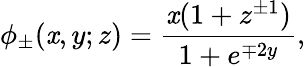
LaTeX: \phi_{\pm}(\mathit{x},y;z)=\frac{{\mathit{x}(1+z^{\pm1})}}{{1+e^{\mp2y}}},